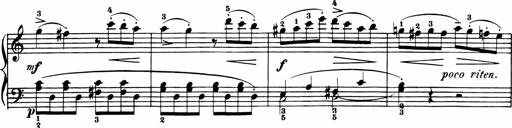
Title: 11 Sonatinas for Piano Solo
Composer: Anton Diabelli